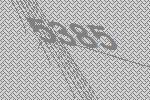
5385